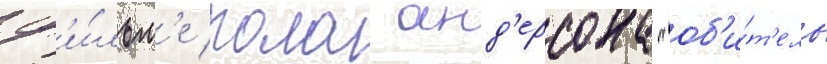
ф'и́льм'е пола анд'ерсона "об'и́т'ель